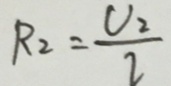
R _ { 2 } = \frac { V _ { 2 } } { I }